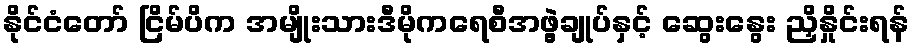
နိုင်ငံတော် ငြိမ်ပိက အမျိုးသားဒီမိုကရေစီအဖွဲ့ချုပ်နှင့် ဆွေးနွေး ညှိနှိုင်းရန်